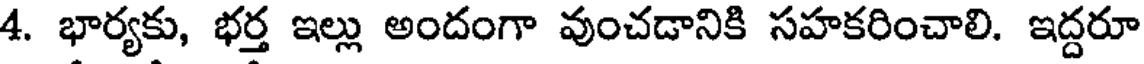
4. భార్యకు, భర్త ఇల్లు అందంగా వుంచడానికి సహకరించాలి. ఇద్దరూ